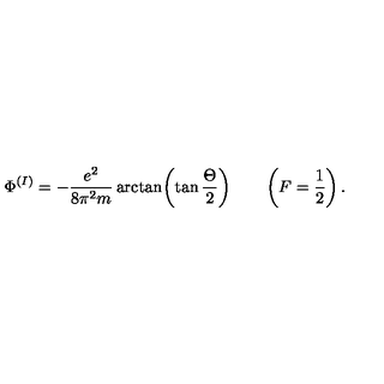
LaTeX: \Phi ^ { ( I ) } = - { \frac { e ^ { 2 } } { 8 \pi ^ { 2 } m } } \arctan \biggl ( \tan { \frac { \Theta } { 2 } } \biggr ) \qquad \left( F = \frac { 1 } { 2 } \right) .